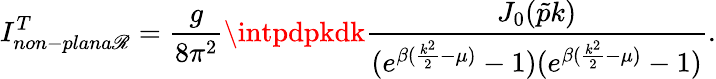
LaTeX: I_{non-plana\mathscr{R}}^{T}=\frac{{g}}{{8\pi^{2}}}\intpdpkdk\frac{{J_{0}(\tilde{{p}}k)}}{{(e^{\beta(\frac{{k^{2}}}{{2}}-\mu)}-1)(e^{\beta(\frac{{k^{2}}}{{2}}-\mu)}-1)}}.